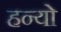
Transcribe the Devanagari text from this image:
हन्‍यो